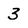
Character: 3